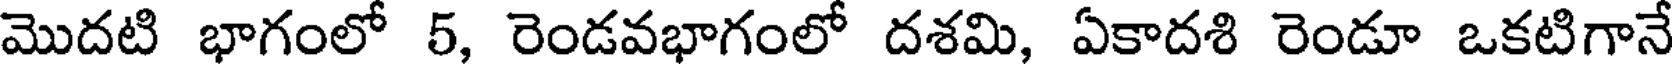
మొదటి భాగంలో 5, రెండవభాగంలో దశమి, ఏకాదశి రెండూ ఒకటిగానే